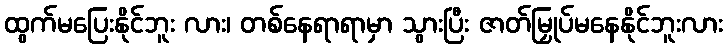
ထွက်မပြေးနိုင်ဘူး လား၊ တစ်နေရာရာမှာ သွားပြီး ဇာတ်မြှုပ်မနေနိုင်ဘူးလား